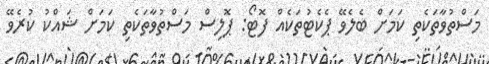
މަސްތުވާތަކެތި ކަމަށް ބެލެވޭ ޕެކެޓުތަކެއް ފޮޓޯ: ޕޮލިސް މަސްތުވާތަކެތި ކަމަށް ޝައްކު ކުރެވޭ